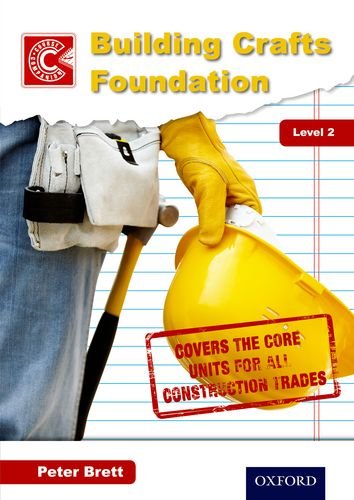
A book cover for Building Crafts Foundation Course Companion Level 2; Peter Brett; Teen & Young Adult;